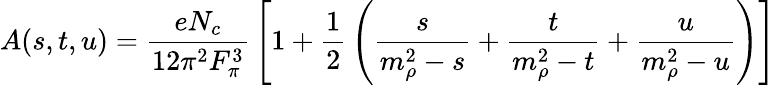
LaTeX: A(s,t,u)={\frac{eN_{c}}{12\pi^{2}F_{\pi}^{3}}}\left[1+{\frac{1}{2}}\left({\frac{s}{m_{\rho}^{2}-s}}+{\frac{t}{m_{\rho}^{2}-t}}+{\frac{u}{m_{\rho}^{2}-u}}\right)\right]